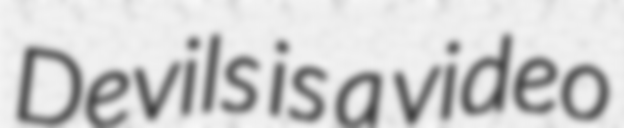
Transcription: Devils is a video